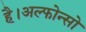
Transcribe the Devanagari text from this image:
है।अल्फोन्सो